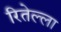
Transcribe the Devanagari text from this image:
रितेल्ला